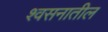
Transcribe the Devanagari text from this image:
श्वसनातील